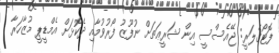
ފޮޓޯގެލަރީ: ޖޭއެސްސީ އިން ޝަރީޢަތަށް ނުފޫޒު ފޯރުވުމާއި ދެކޮޅަށް އެމްޑީޕީ މުޒާހަރާ